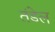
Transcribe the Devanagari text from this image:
तंडेल